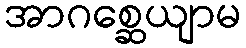
အာဂစ္ဆေယျာမ